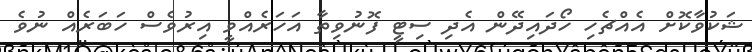
ޝަކުވާކޮށް އެއްޗެހި ހޯދައިދޭން އެދި ސިޓީ ފޮނުވިތާ އަހަރެއްވީ އިރުވެސް ހަބަރެއް ނުވެ